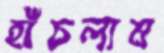
হাঁচলাম